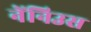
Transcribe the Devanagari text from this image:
नेंनिउस